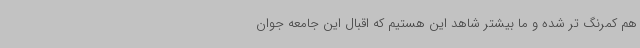
هم کمرنگ تر شده و ما بیشتر شاهد این هستیم که اقبال این جامعه جوان